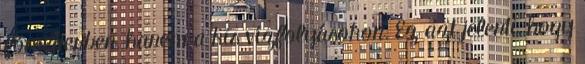
főmederben, hanem a kis vízfolyásokon. Ez azt jelenti, hogy